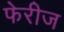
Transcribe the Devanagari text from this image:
फेरीज